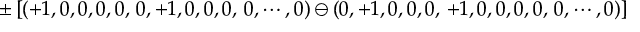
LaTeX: \pm \left[ ( + 1 , 0 , 0 , 0 , 0 , \, 0 , + 1 , 0 , 0 , 0 , \, 0 , \cdots , 0 ) \ominus ( 0 , + 1 , 0 , 0 , 0 , \, + 1 , 0 , 0 , 0 , 0 , \, 0 , \cdots , 0 ) \right]